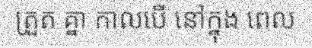
ត្រួត គ្នា កាលបើ នៅក្នុង ពេល